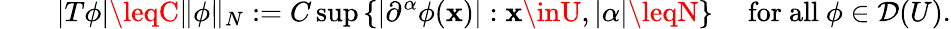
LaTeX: \qquad|T\phi|\leqC\| \phi\| _{N}:=C\operatorname*{sup}\left\{ \left|\partial^{\alpha}\phi(\mathbf{x})\right|:\mathbf{x}\inU,|\alpha|\leqN\right\} \quad{\mathrm{{~for~all~}}}\phi\in{\mathcal{{D}}}(U).